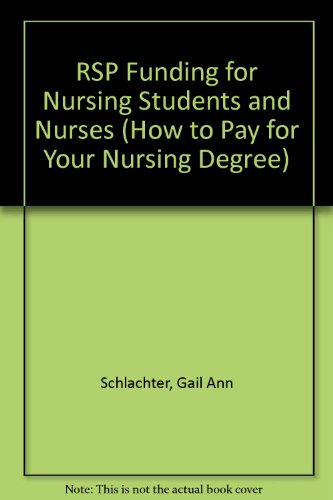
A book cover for RSP Funding for Nursing Students and Nurses (How to Pay for Your Nursing Degree); Gail Ann Schlachter; Education & Teaching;